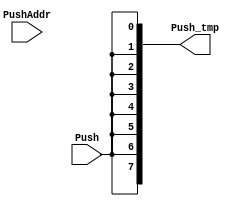
//-----------------------------------------------------------------------------
//-- (c) Copyright 2006 - 2009 Xilinx, Inc. All rights reserved.
//--
//-- This file contains confidential and proprietary information
//-- of Xilinx, Inc. and is protected under U.S. and
//-- international copyright and other intellectual property
//-- laws.
//--
//-- DISCLAIMER
//-- This disclaimer is not a license and does not grant any
//-- rights to the materials distributed herewith. Except as
//-- otherwise provided in a valid license issued to you by
//-- Xilinx, and to the maximum extent permitted by applicable
//-- law: (1) THESE MATERIALS ARE MADE AVAILABLE "AS IS" AND
//-- WITH ALL FAULTS, AND XILINX HEREBY DISCLAIMS ALL WARRANTIES
//-- AND CONDITIONS, EXPRESS, IMPLIED, OR STATUTORY, INCLUDING
//-- BUT NOT LIMITED TO WARRANTIES OF MERCHANTABILITY, NON-
//-- INFRINGEMENT, OR FITNESS FOR ANY PARTICULAR PURPOSE; and
//-- (2) Xilinx shall not be liable (whether in contract or tort,
//-- including negligence, or under any other theory of
//-- liability) for any loss or damage of any kind or nature
//-- related to, arising under or in connection with these
//-- materials, including for any direct, or any indirect,
//-- special, incidental, or consequential loss or damage
//-- (including loss of data, profits, goodwill, or any type of
//-- loss or damage suffered as a result of any action brought
//-- by a third party) even if such damage or loss was
//-- reasonably foreseeable or Xilinx had been advised of the
//-- possibility of the same.
//--
//-- CRITICAL APPLICATIONS
//-- Xilinx products are not designed or intended to be fail-
//-- safe, or for use in any application requiring fail-safe
//-- performance, such as life-support or safety devices or
//-- systems, Class III medical devices, nuclear facilities,
//-- applications related to the deployment of airbags, or any
//-- other applications that could lead to death, personal
//-- injury, or severe property or environmental damage
//-- (individually and collectively, "Critical
//-- Applications"). Customer assumes the sole risk and
//-- liability of any use of Xilinx products in Critical
//-- Applications, subject only to applicable laws and
//-- regulations governing limitations on product liability.
//--
//-- THIS COPYRIGHT NOTICE AND DISCLAIMER MUST BE RETAINED AS
//-- PART OF THIS FILE AT ALL TIMES.
//-----------------------------------------------------------------------------
// MPMC Data Path
//-------------------------------------------------------------------------

// Description:    
//   Data Path for MPMC
//
// Structure:
//   mpmc_data_path
//     mpmc_write_fifo
//       mpmc_bram_fifo
//         mpmc_ramb16_sx_sx
//       mpmc_srl_fifo
//     mpmc_read_fifo
//       mpmc_bram_fifo
//         mpmc_ramb16_sx_sx
//       mpmc_srl_fifo
//     
//--------------------------------------------------------------------------
//
// History:
//   06/15/2007 Initial Version
//
//--------------------------------------------------------------------------
`timescale 1ns/1ns

module mpmc_srl_fifo_gen_push_tmp #
  (
   parameter C_SRL_RES           = 8,
   parameter C_SRL_INPUT_REP     = 1,
   parameter C_NUM_SRLS          = 128,
   parameter C_ADDR_WIDTH        = 13,
   parameter C_INPUT_DATA_WIDTH  = 128,
   parameter C_ADDR_ENDBIT       = 3,
   parameter C_PUSHADDR_STARTBIT = 4
   )
  (
   input                    Push,
   input [C_ADDR_WIDTH-1:0] PushAddr,
   output [C_SRL_RES-1:0]   Push_tmp
   );
  
  genvar i;
  genvar j;
  generate
    for (i=0;i<C_SRL_RES/C_SRL_INPUT_REP;i=i+1) begin : gen_push_tmp
      for (j=0;j<C_SRL_INPUT_REP;j=j+1) begin : gen_rep
        if (C_NUM_SRLS==C_INPUT_DATA_WIDTH) begin : gen_sc
          assign Push_tmp[i*C_SRL_INPUT_REP+j] = Push;
        end
        else begin : gen_normal
          assign Push_tmp[i*C_SRL_INPUT_REP+j] = 
                 Push & 
                 (PushAddr[C_ADDR_ENDBIT:C_PUSHADDR_STARTBIT] == i);
        end
      end
    end
  endgenerate

endmodule // mpmc_srl_fifo_gen_push_tmp